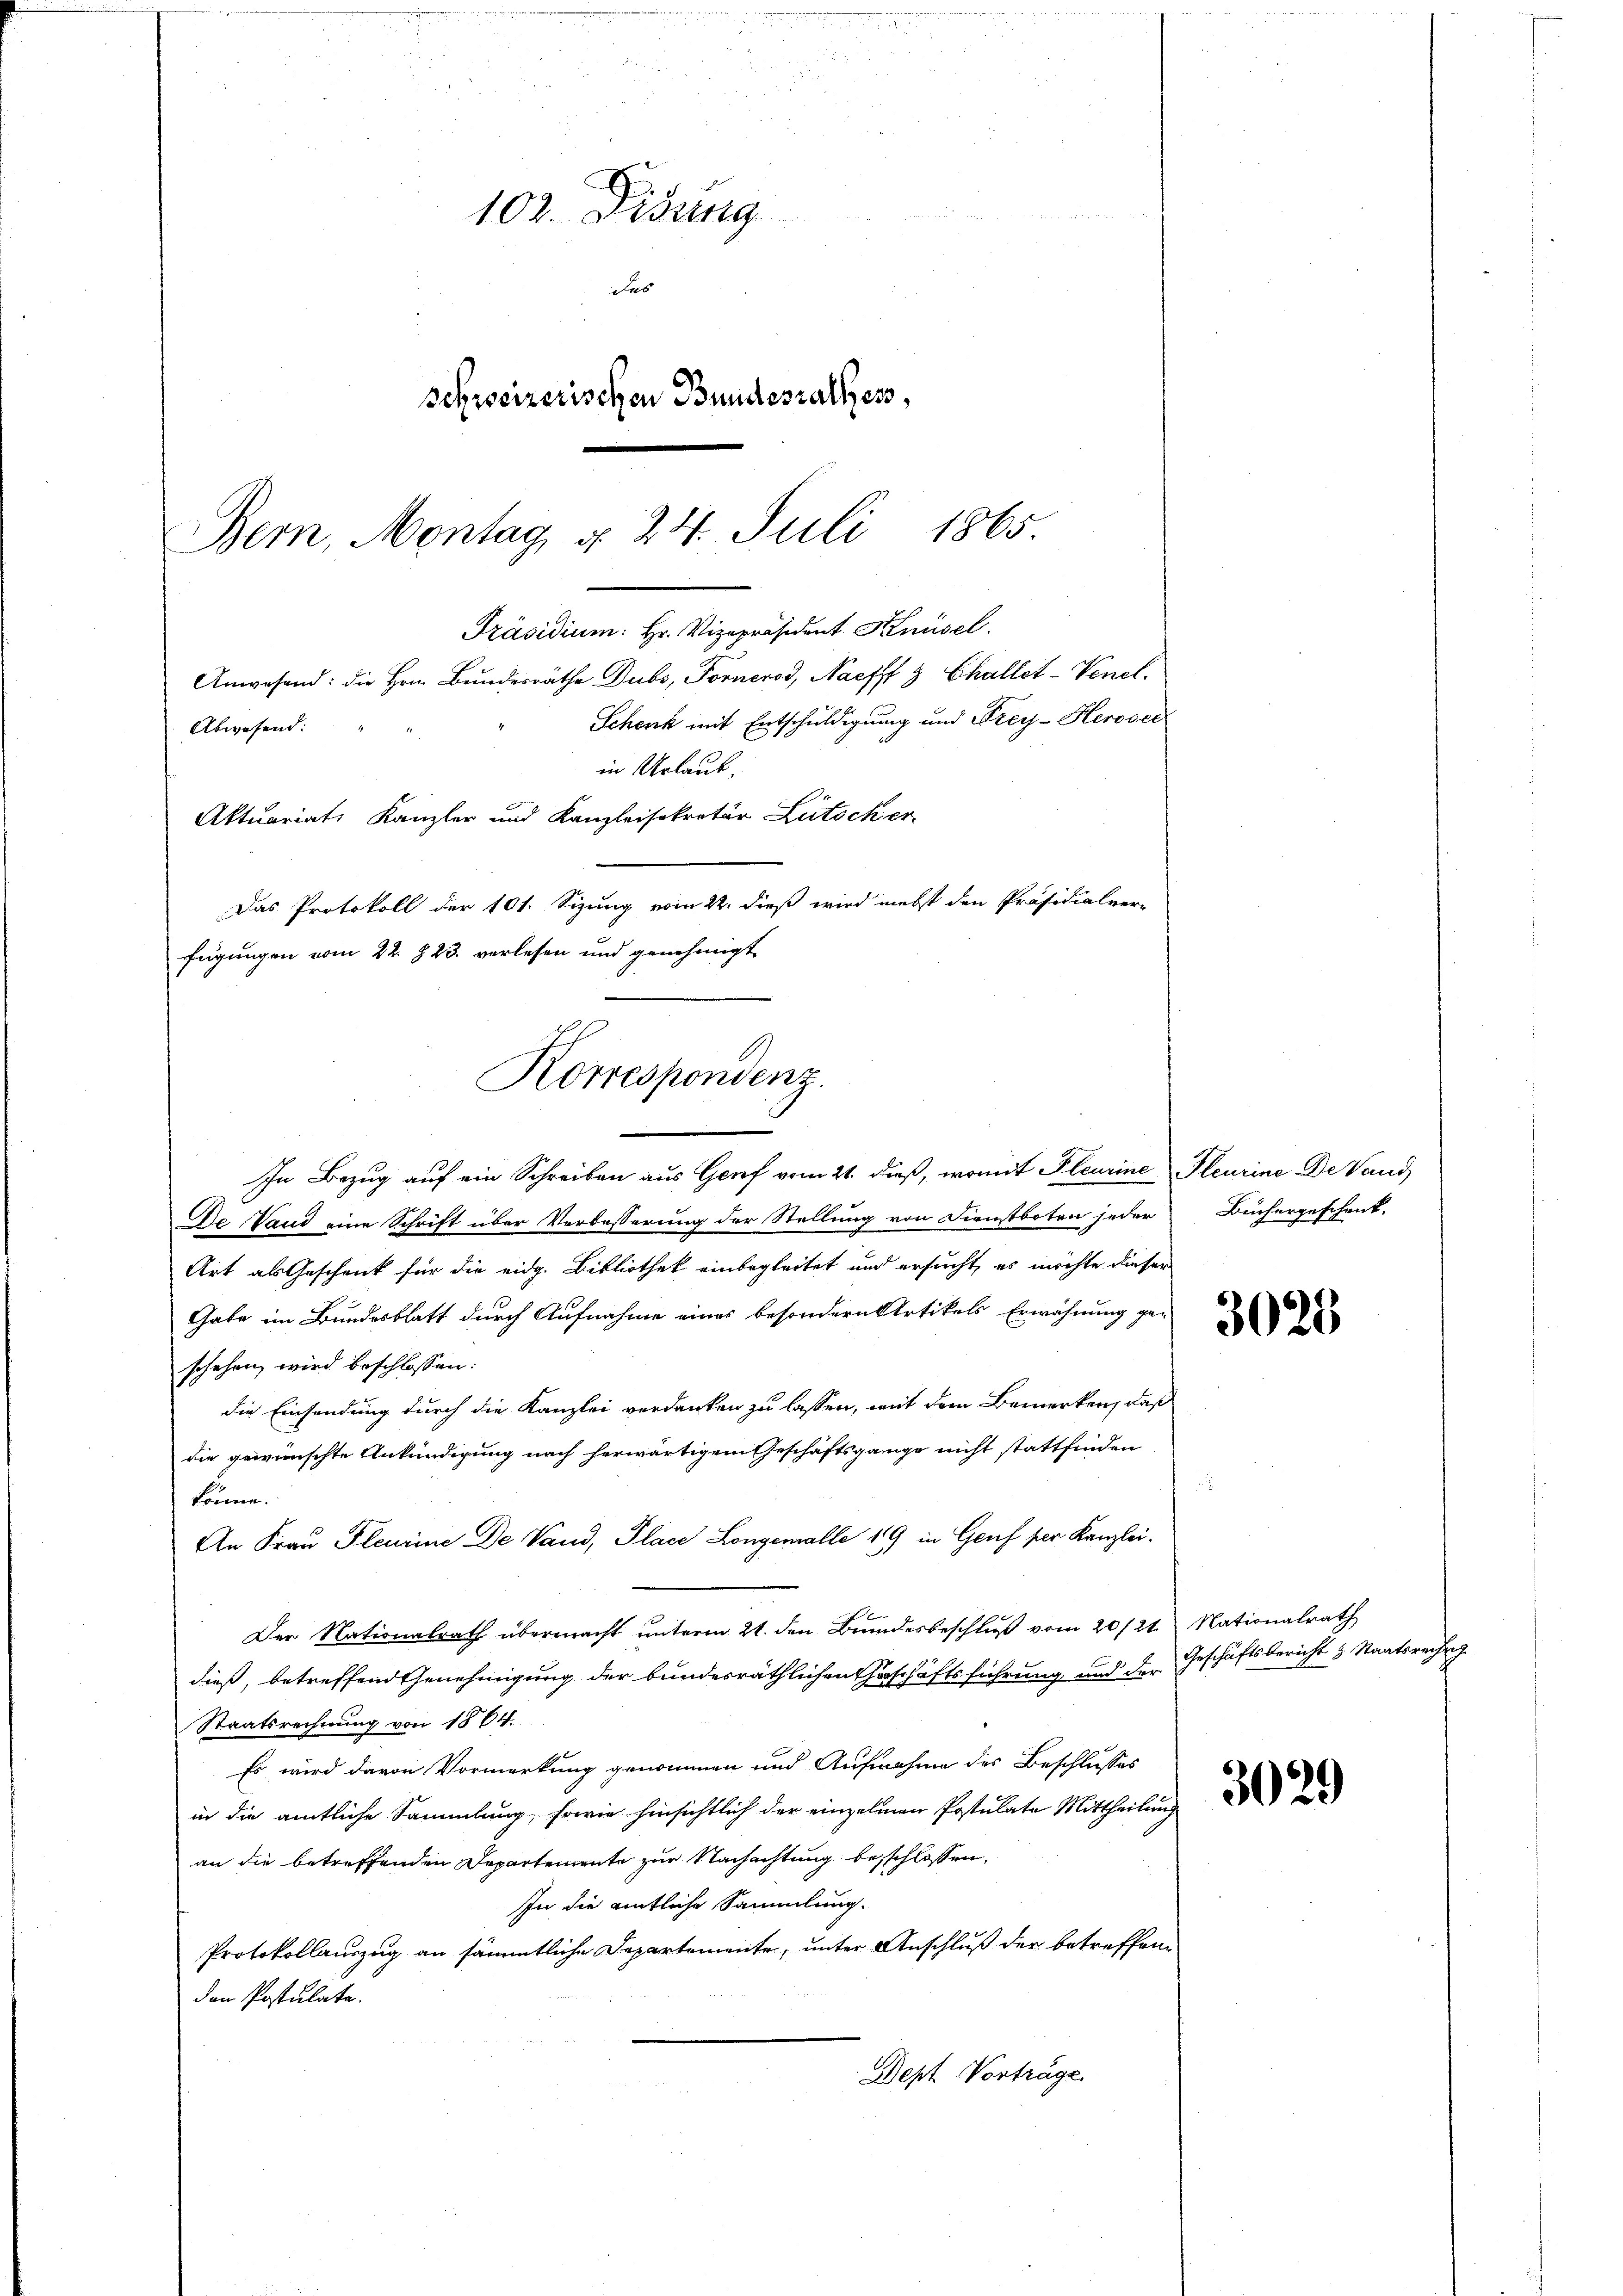
Bern, Montag d. 24. Juli 1865.
Präsidium: Hr. Vizepräsident Knüsel
Anwesend: die Hrn. Bundesräthe Dubs, Fornerod, Naefff 9 Challet-Venel.
Schenk mit Entschuldigung und Frey-Herovci
Abwesend:

102. Diezing
dus
schreizerischen Bundesrathes,

in Urlaub.
Aktuariats Kanzler und Kanzleisekretär Lutocker
Das Protokoll der 101. Sizung vom 22. dieß wird nebst den Präsidialver-
fügungen vom 22. § 23. verlesen und genehmigt
In Bezug auf ein Schreiben aus Genf vom 21. dieß, womit Fleurine Pleurine De Vaud,
De Vaud eine Schrift über Verbesserung der Stellung von Dienstboten jeder Büchergeschenk-
Art als Geschenk für die eidg. Bibliothek einbegleitet und ersucht, es möchte dieser
Gabe im Bundesblatt durch Aufnahme eines besondern Artikels Erwähnung ge-
schehen, wird beschlossen:
die Einsendung durch die Kanzlei verdanken zu lassen, mit dem Bemerken, daß
die gewünschte Ankündigung nach herwärtigem Geschäftsgange nicht stattfinden
könne.
An Frau Plcurine De Vaud, Place Longemalle 19 in Genf per Kanzlei¬
Der Nationalrath übermacht unterm 21. den Brundesbeschluß vom 20./21.
dieß, betreffend Genehmigung der bundesräthlichen Erschäftsführung und der
Staatsrechnung von 1864.
Es wird davon Vormerkung genommen und Aufnahme des Beschlusses
in die amtliche Sammlung, sowie hinsichtlich der einzelnen Postulate Mittheilung
an die betreffenden Departemente zur Nachachtung beschlossen,
In die amtliche Sammlung.
Protokollauszug an sämmtliche Departemente, unter Anschluß der betreffen
den Postulate.
Dept Vorträge.

Korrespondenz.

3028

Nationalrath
Geschäftsbericht & Staatsrech

3029